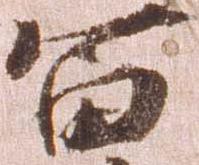
富